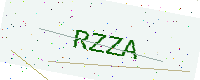
Text: RZZA